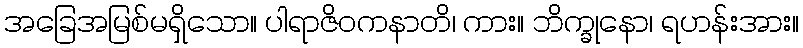
အခြေအမြစ်မရှိသော။ ပါရာဇိဝကနာတိ၊ ကား။ ဘိက္ခုနော၊ ရဟန်းအား။